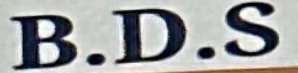
B.D.S